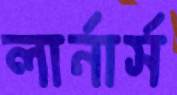
লার্নার্স